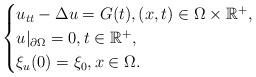
LaTeX: \begin{align*}\begin{cases}u_{tt}-\Delta u=G(t),(x,t)\in\Omega\times\mathbb{R}^+,\\u|_{\partial\Omega}=0,t\in\mathbb{R}^+,\\\xi_u(0)=\xi_0,x\in\Omega.\end{cases}\end{align*}